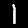
Label: 1